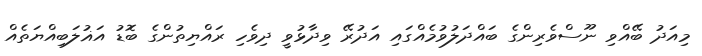
މިއަދު ބޭއްވި ނޫސްވެރިންގެ ބައްދަލުވުމެއްގައި އަދުރޭ ވިދާޅުވީ ދިވެހި ރައްޔިތުންގެ ބޮޑު އަޣުލަބިއްޔަތެއް